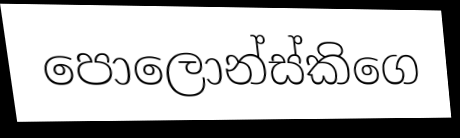
පොලොන්ස්කිගෙ